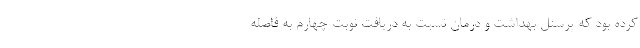
کرده بود که پرسنل بهداشت و درمان نسبت به دریافت نوبت چهارم به فاصله